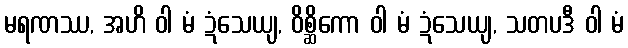
မရဏဿ, အဟိ ဝါ မံ ဍံသေယျ, ဝိစ္ဆိကော ဝါ မံ ဍံသေယျ, သတပဒီ ဝါ မံ